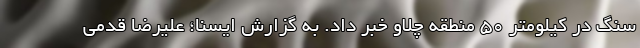
سنگ در کیلومتر ۵۰ منطقه چلاو خبر داد. به گزارش ایسنا؛ علیرضا قدمی